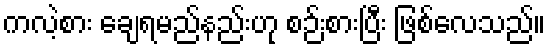
ကလဲ့စား ချေရမည်နည်းဟု စဉ်းစားပြီး ဖြစ်လေသည်။